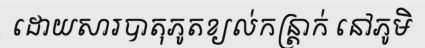
ដោយសារបាតុភូតខ្យល់កន្ត្រាក់ នៅភូមិ